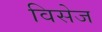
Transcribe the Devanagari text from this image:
विसेज